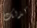
كذلك